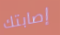
إصابتك